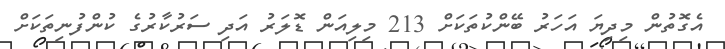
އެގޮތުން މިދިޔަ އަހަރު ބޭންކުތަކަށް 213 މިލިއަން ޑޮލަރު އަދި ސަރުކާރުގެ ކުންފުނިތަކަށް